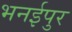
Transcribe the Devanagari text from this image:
भनईपुर